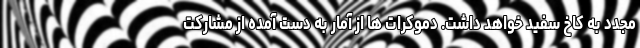
مجدد به کاخ سفید خواهد داشت. دموکرات ها از آمار به دست آمده از مشارکت